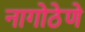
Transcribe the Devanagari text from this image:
नागोठेणे